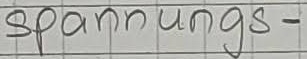
Text: spannungs-